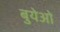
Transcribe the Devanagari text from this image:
बुयेओ